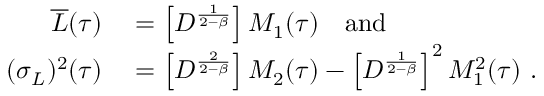
\begin{array} { r l } { \overline { { L } } ( \tau ) } & { { } = \left[ D ^ { \frac { 1 } { 2 - \beta } } \right] M _ { 1 } ( \tau ) \quad \mathrm { a n d } } \\ { ( \sigma _ { L } ) ^ { 2 } ( \tau ) } & { { } = \left[ D ^ { \frac { 2 } { 2 - \beta } } \right] M _ { 2 } ( \tau ) - \left[ D ^ { \frac { 1 } { 2 - \beta } } \right] ^ { 2 } M _ { 1 } ^ { 2 } ( \tau ) \ . } \end{array}